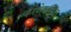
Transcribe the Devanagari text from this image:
करणेकरीता